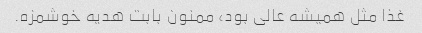
غذا مثل همیشه عالی بود، ممنون بابت هدیه خوشمزه.